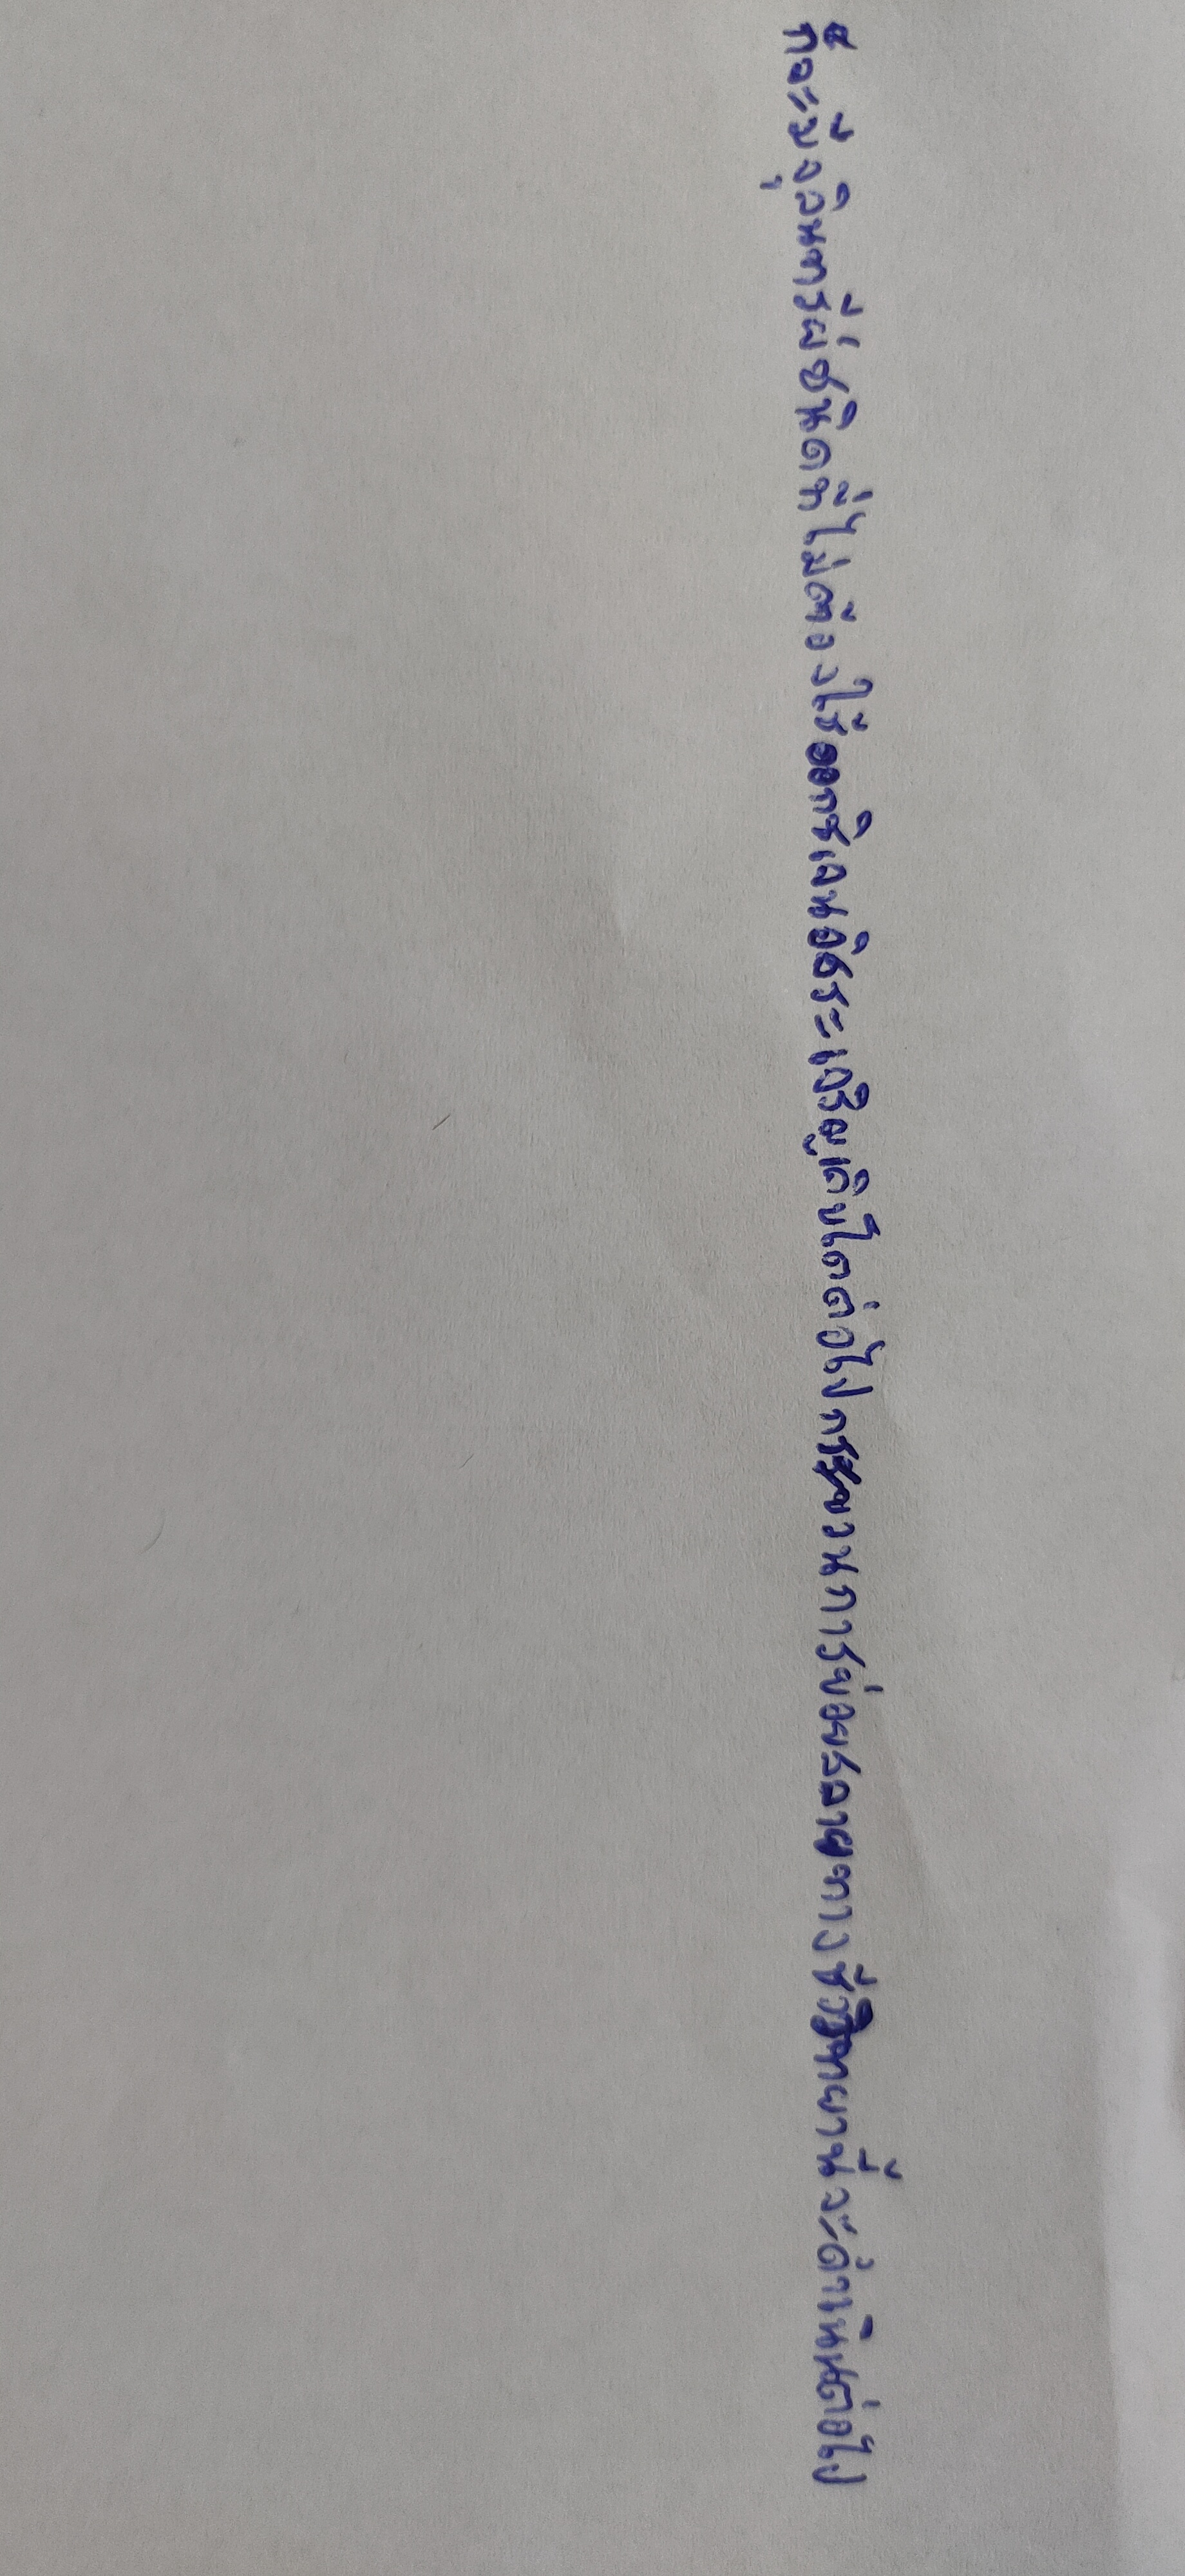
ก็จะมีจุลินทรีย์ชนิดที่ไม่ต้องใช้ออกซิเจนอิสระเจริญเติบโตต่อไปกระบวนการย่อยสลายทางชีววิทยานี้จะดำเนินต่อไป